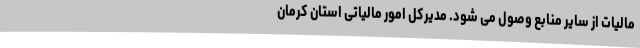
مالیات از سایر منابع وصول می شود. مدیرکل امور مالیاتی استان کرمان